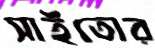
সাইতোর